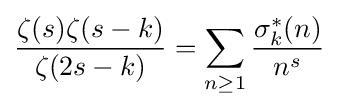
{\frac {\zeta (s)\zeta (s-k)}{\zeta (2s-k)}}=\sum _{n\geq 1}{\frac {\sigma _{k}^{*}(n)}{n^{s}}}